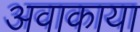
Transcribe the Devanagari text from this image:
अवाकाया